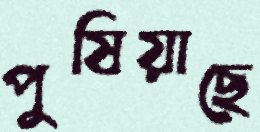
পুষিয়াছে